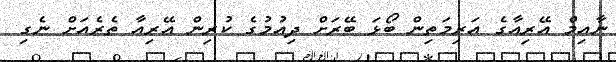
ނާއިމް އޭރިއާގެ އަރިމަތިން ބޯޅަ ބޭރަށް ދިއުމުގެ ކުރިން އޭރިއާ ތެރެއަށް ނެގި